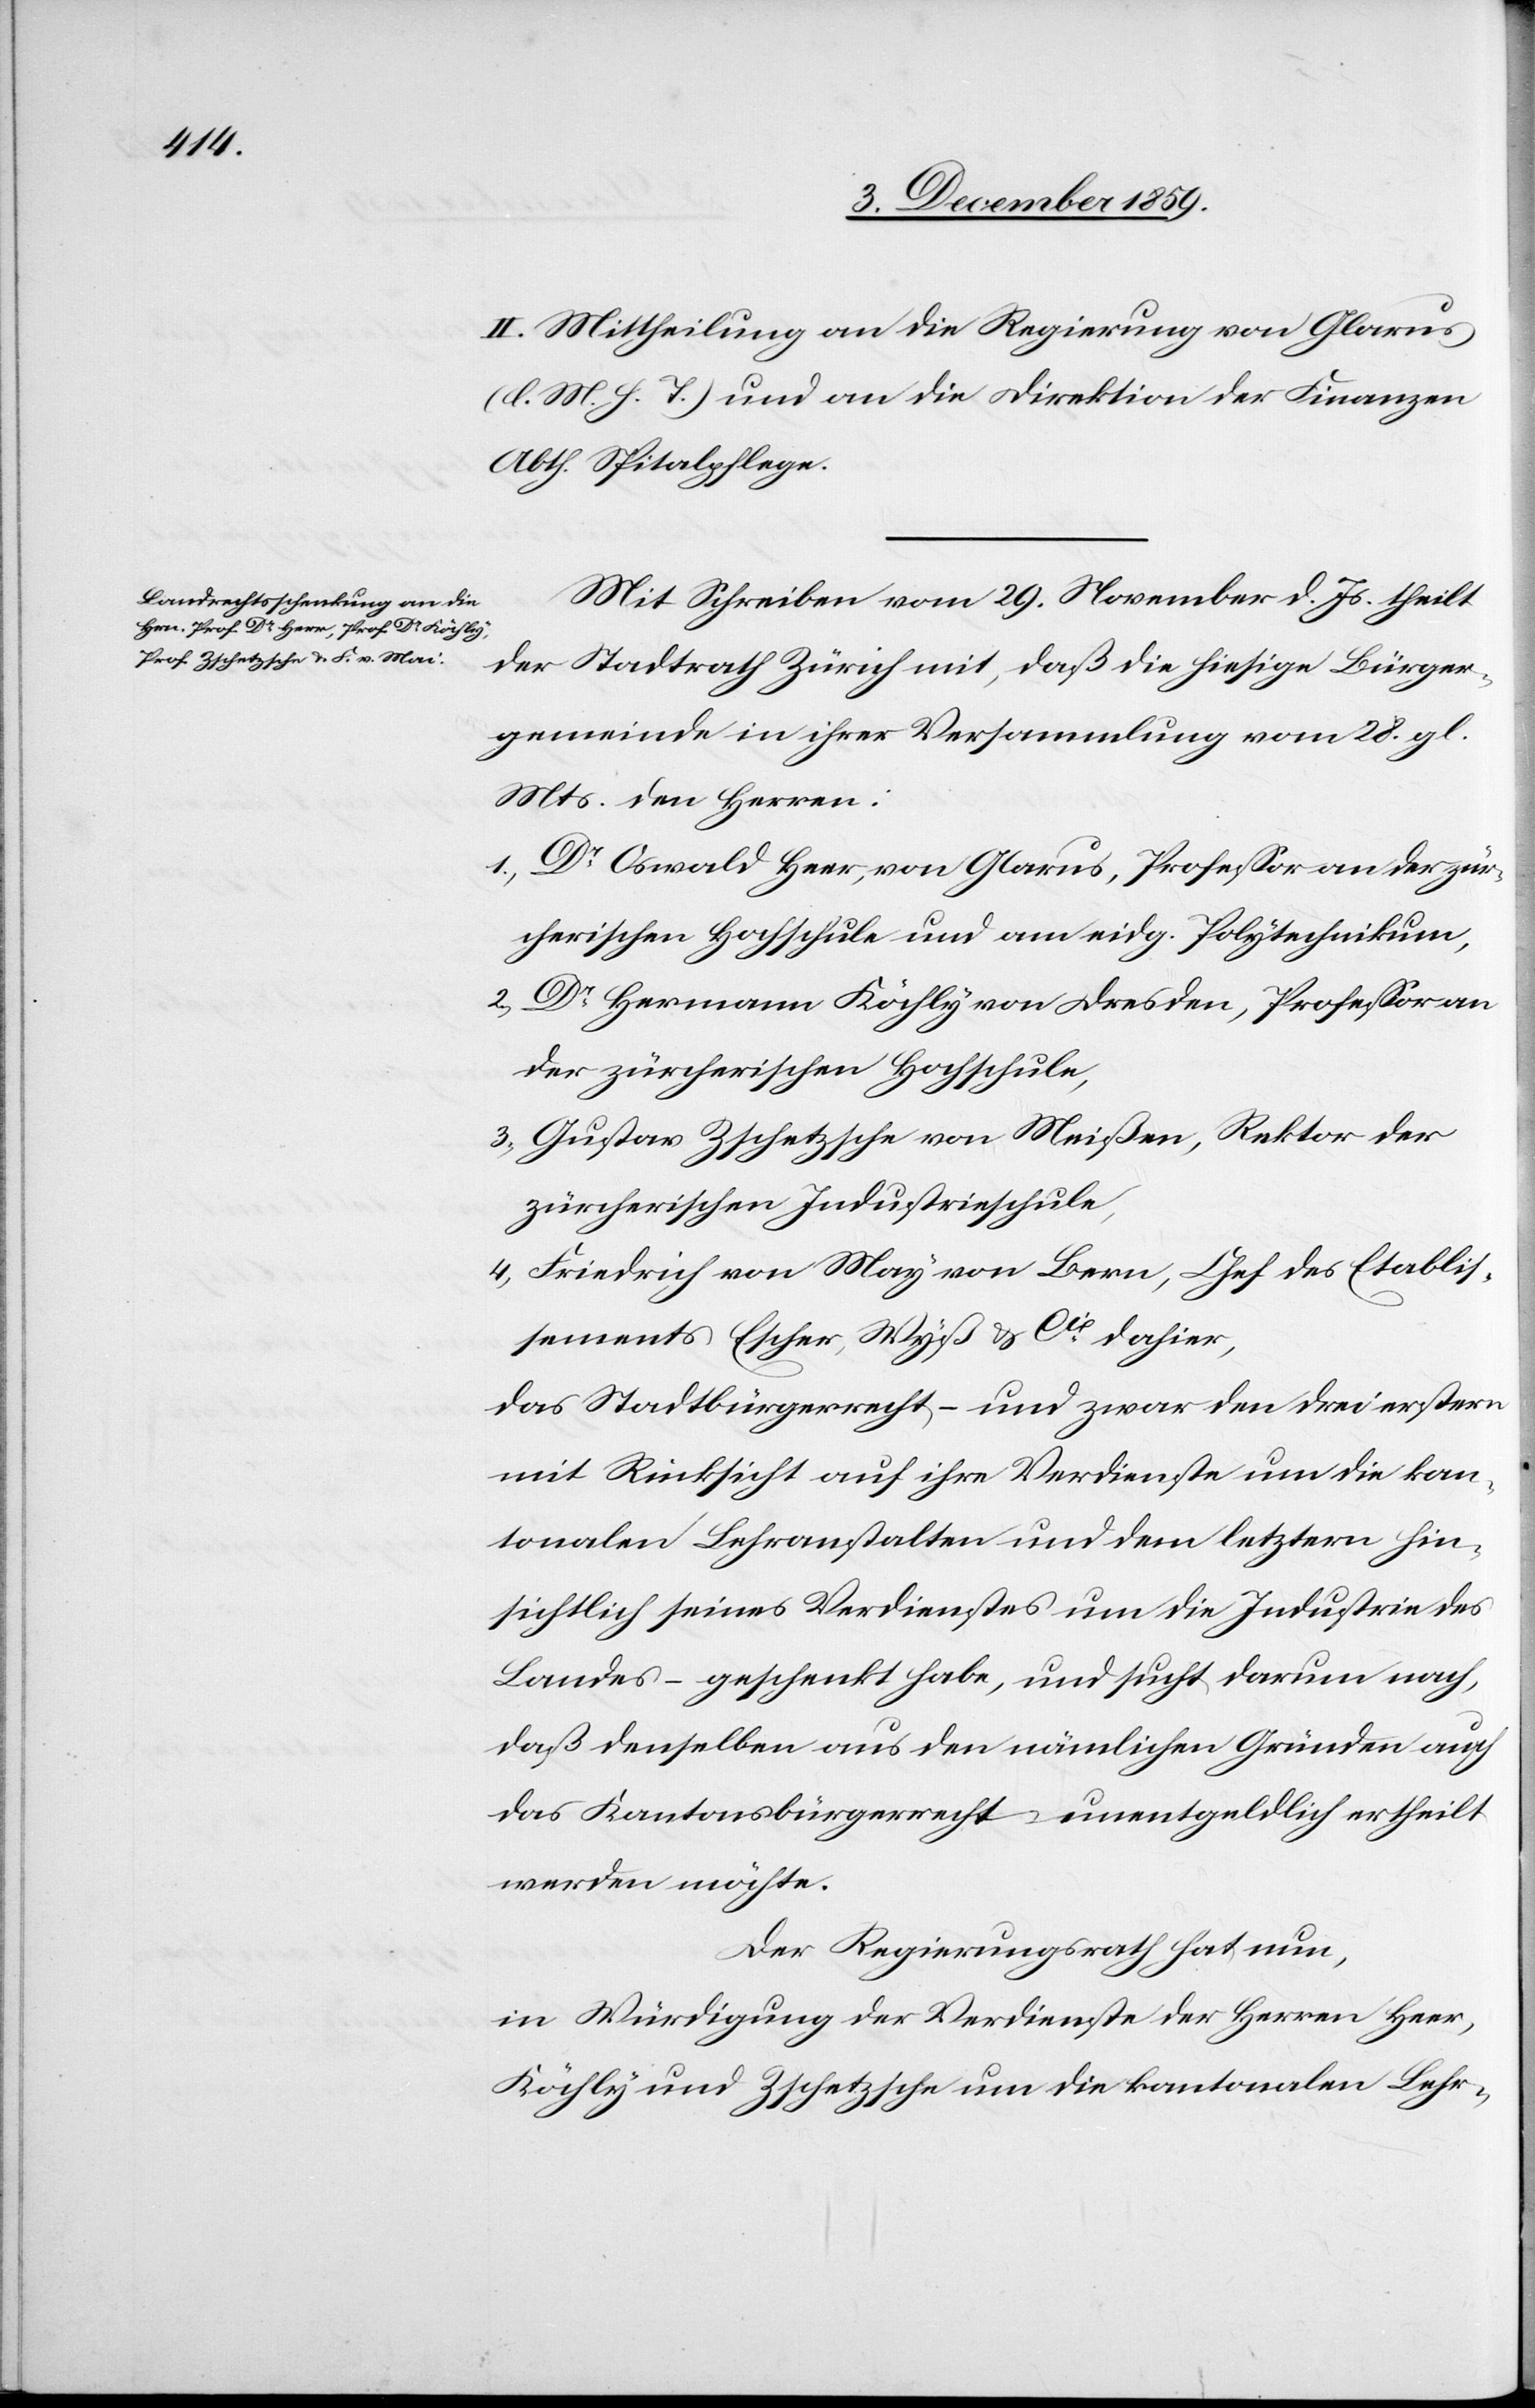
II. Mittheilung an die Regierung von Glarus
(l. M. h. T.) und an die Direktion des Finanzen
Abth. Spitalpflege.
Mit Schreiben vom 29. November d. Js. theilt
der Stadtrath Zürich mit, daß die hiesige Bürger¬
gemeinde in ihrer Versammlung vom 28. gl.
Mts. den Herren:
1) Dr Oswald Heer, von Glarus, Professor an der zür¬
cherischen Hochschule und am eidg. Polytechnikum,
Dr Hermann Köchly von Dresden, Professor an
der zürcherischen Hochschule,
3) Gustav Zschetzsche von Meißen, Rektor der
zürcherischen Industrieschule,
4) Friedrich von May von Bern, Chef des Etablis¬
sements Escher, Wyß & Cie dahier,
das Stadtbürgerrecht, – und zwar den drei erstern
mit Rücksicht auf ihre Verdienste um die kan¬
tonalen Lehranstalten und dem letztern hin¬
sichtlich seines Verdienstes um die Industrie des
Landes – geschenkt habe, und sucht darum nach,
daß denselben aus den nämlichen Gründen auch
das Kantonsbürgerrecht unentgeldlich ertheilt
werden möchte.
Der Regierungsrath hat nun,
in Würdigung der Verdienste der Herren Heer,
Köchly und Zeschtzsche um die kantonalen Lehr-